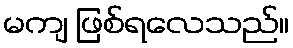
မကျ ဖြစ်ရလေသည်။